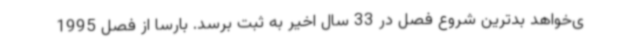
ی‌خواهد بدترین شروع فصل در 33 سال اخیر به ثبت برسد. بارسا از فصل 1995